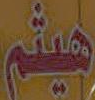
هيثم